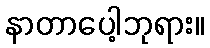
နာတာပေါ့ဘုရား။